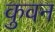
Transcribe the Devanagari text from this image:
कुवन